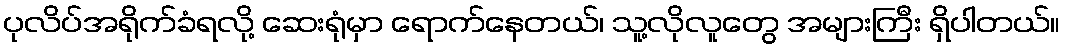
ပုလိပ်အရိုက်ခံရလို့ ဆေးရုံမှာ ရောက်နေတယ်၊ သူ့လိုလူတွေ အများကြီး ရှိပါတယ်။